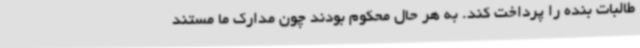
طالبات بنده را پرداخت کند. به هر حال محکوم بودند چون مدارک ما مستند